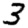
Digit: 3